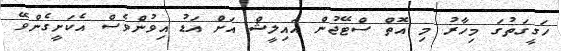
ހަގީގަތުގަ މިހާރު މި އޮތް ސްޓޭޖުން އައިލީޝް އަށް އަޑު އިވުންވެސް އެކަށީގެންވޭ